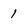
Character: 1